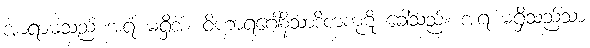
အာရာမသည် အရံ မရှိအံ့၊ ဝိဟာရဂေါနိသာဒိကကုဋိ ခေါ်သည်။ အရံ မရှိသည်သာ